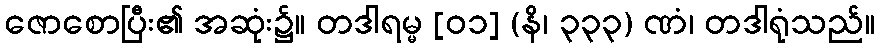
ဇောစောပြီး၏ အဆုံး၌။ တဒါရမ္မ [၀၁] (နိ၊ ၃၃၃) ဏံ၊ တဒါရုံသည်။